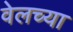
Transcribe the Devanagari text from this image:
वेलच्या